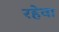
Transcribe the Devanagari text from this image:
रहेवा